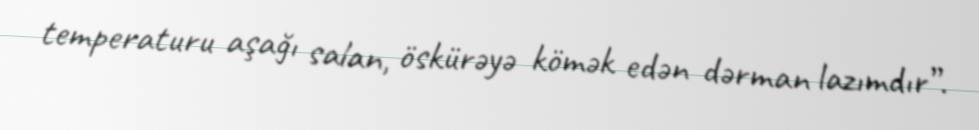
temperaturu aşağı salan, öskürəyə kömək edən dərman lazımdır”.